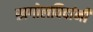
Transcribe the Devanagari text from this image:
खगोलविदांनी